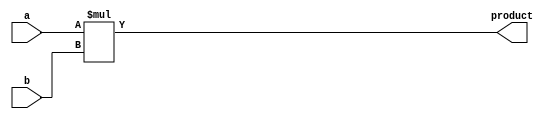
module fixed_point_multiplier (
    input signed [7:0] a,
    input signed [7:0] b,
    output reg signed [15:0] product
);

always @(*) begin
    product = a * b;
end

endmodule